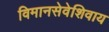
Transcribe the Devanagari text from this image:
विमानसेवेशिवाय